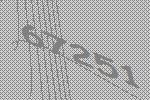
67251